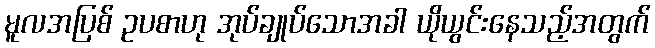
မူလအပြစ် ဥပစာဟု အုပ်ချုပ်သောအခါ ယိုယွင်းနေသည့်အတွက်